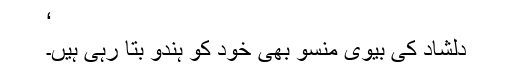
‘
دلشاد کی بیوی منسو بھی خود کو ہندو بتا رہی ہیں۔